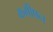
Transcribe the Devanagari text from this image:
कमीषन